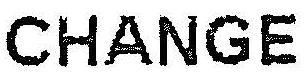
CHANGE